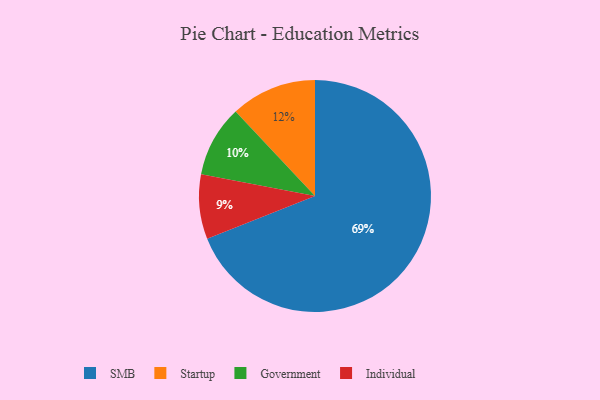
{"axis": {"x": "Category", "y": "Percentage"}, "legend": ["Government", "Individual", "SMB", "Startup"], "data": [{"x": "Individual", "y": 9, "type": "Individual"}, {"x": "Government", "y": 10, "type": "Government"}, {"x": "SMB", "y": 69, "type": "SMB"}, {"x": "Startup", "y": 12, "type": "Startup"}]}